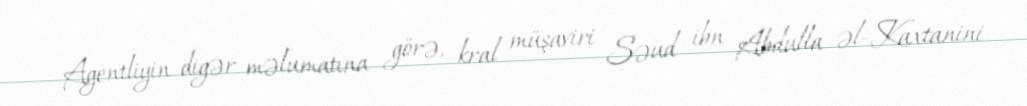
Agentliyin digər məlumatına görə, kral müşaviri Səud ibn Abdulla əl-Kaxtanini